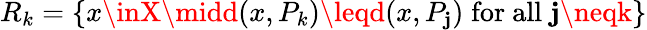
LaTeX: R_{k}=\{ x\inX\midd(x,P_{k})\leqd(x,P_{\mathbf{j}})\; {\mathrm{{for~all}}}\; \mathbf{j}\neqk\}